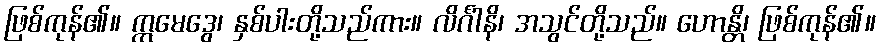
ဖြစ်ကုန်၏။ ဣမေဒွေ၊ နှစ်ပါးတို့သည်ကား။ လိင်္ဂါနိ၊ အသွင်တို့သည်။ ဟောန္တိ၊ ဖြစ်ကုန်၏။